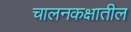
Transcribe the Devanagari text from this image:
चालनकक्षातील